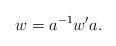
LaTeX: \begin{align*}w=a^{-1}w'a.\end{align*}